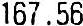
167.56